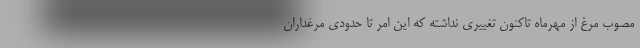
مصوب مرغ از مهرماه تاکنون تغییری نداشته که این امر تا حدودی مرغداران